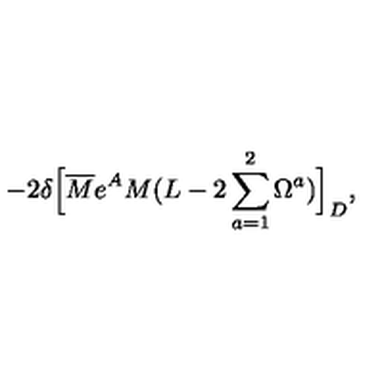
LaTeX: - 2 \delta \Bigl [ \overline { M } e ^ { A } M ( L - 2 \sum _ { a = 1 } ^ { 2 } { \Omega ^ { a } } ) \Bigr ] _ { D } ,